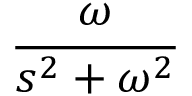
\frac { \omega } { s ^ { 2 } + \omega ^ { 2 } }